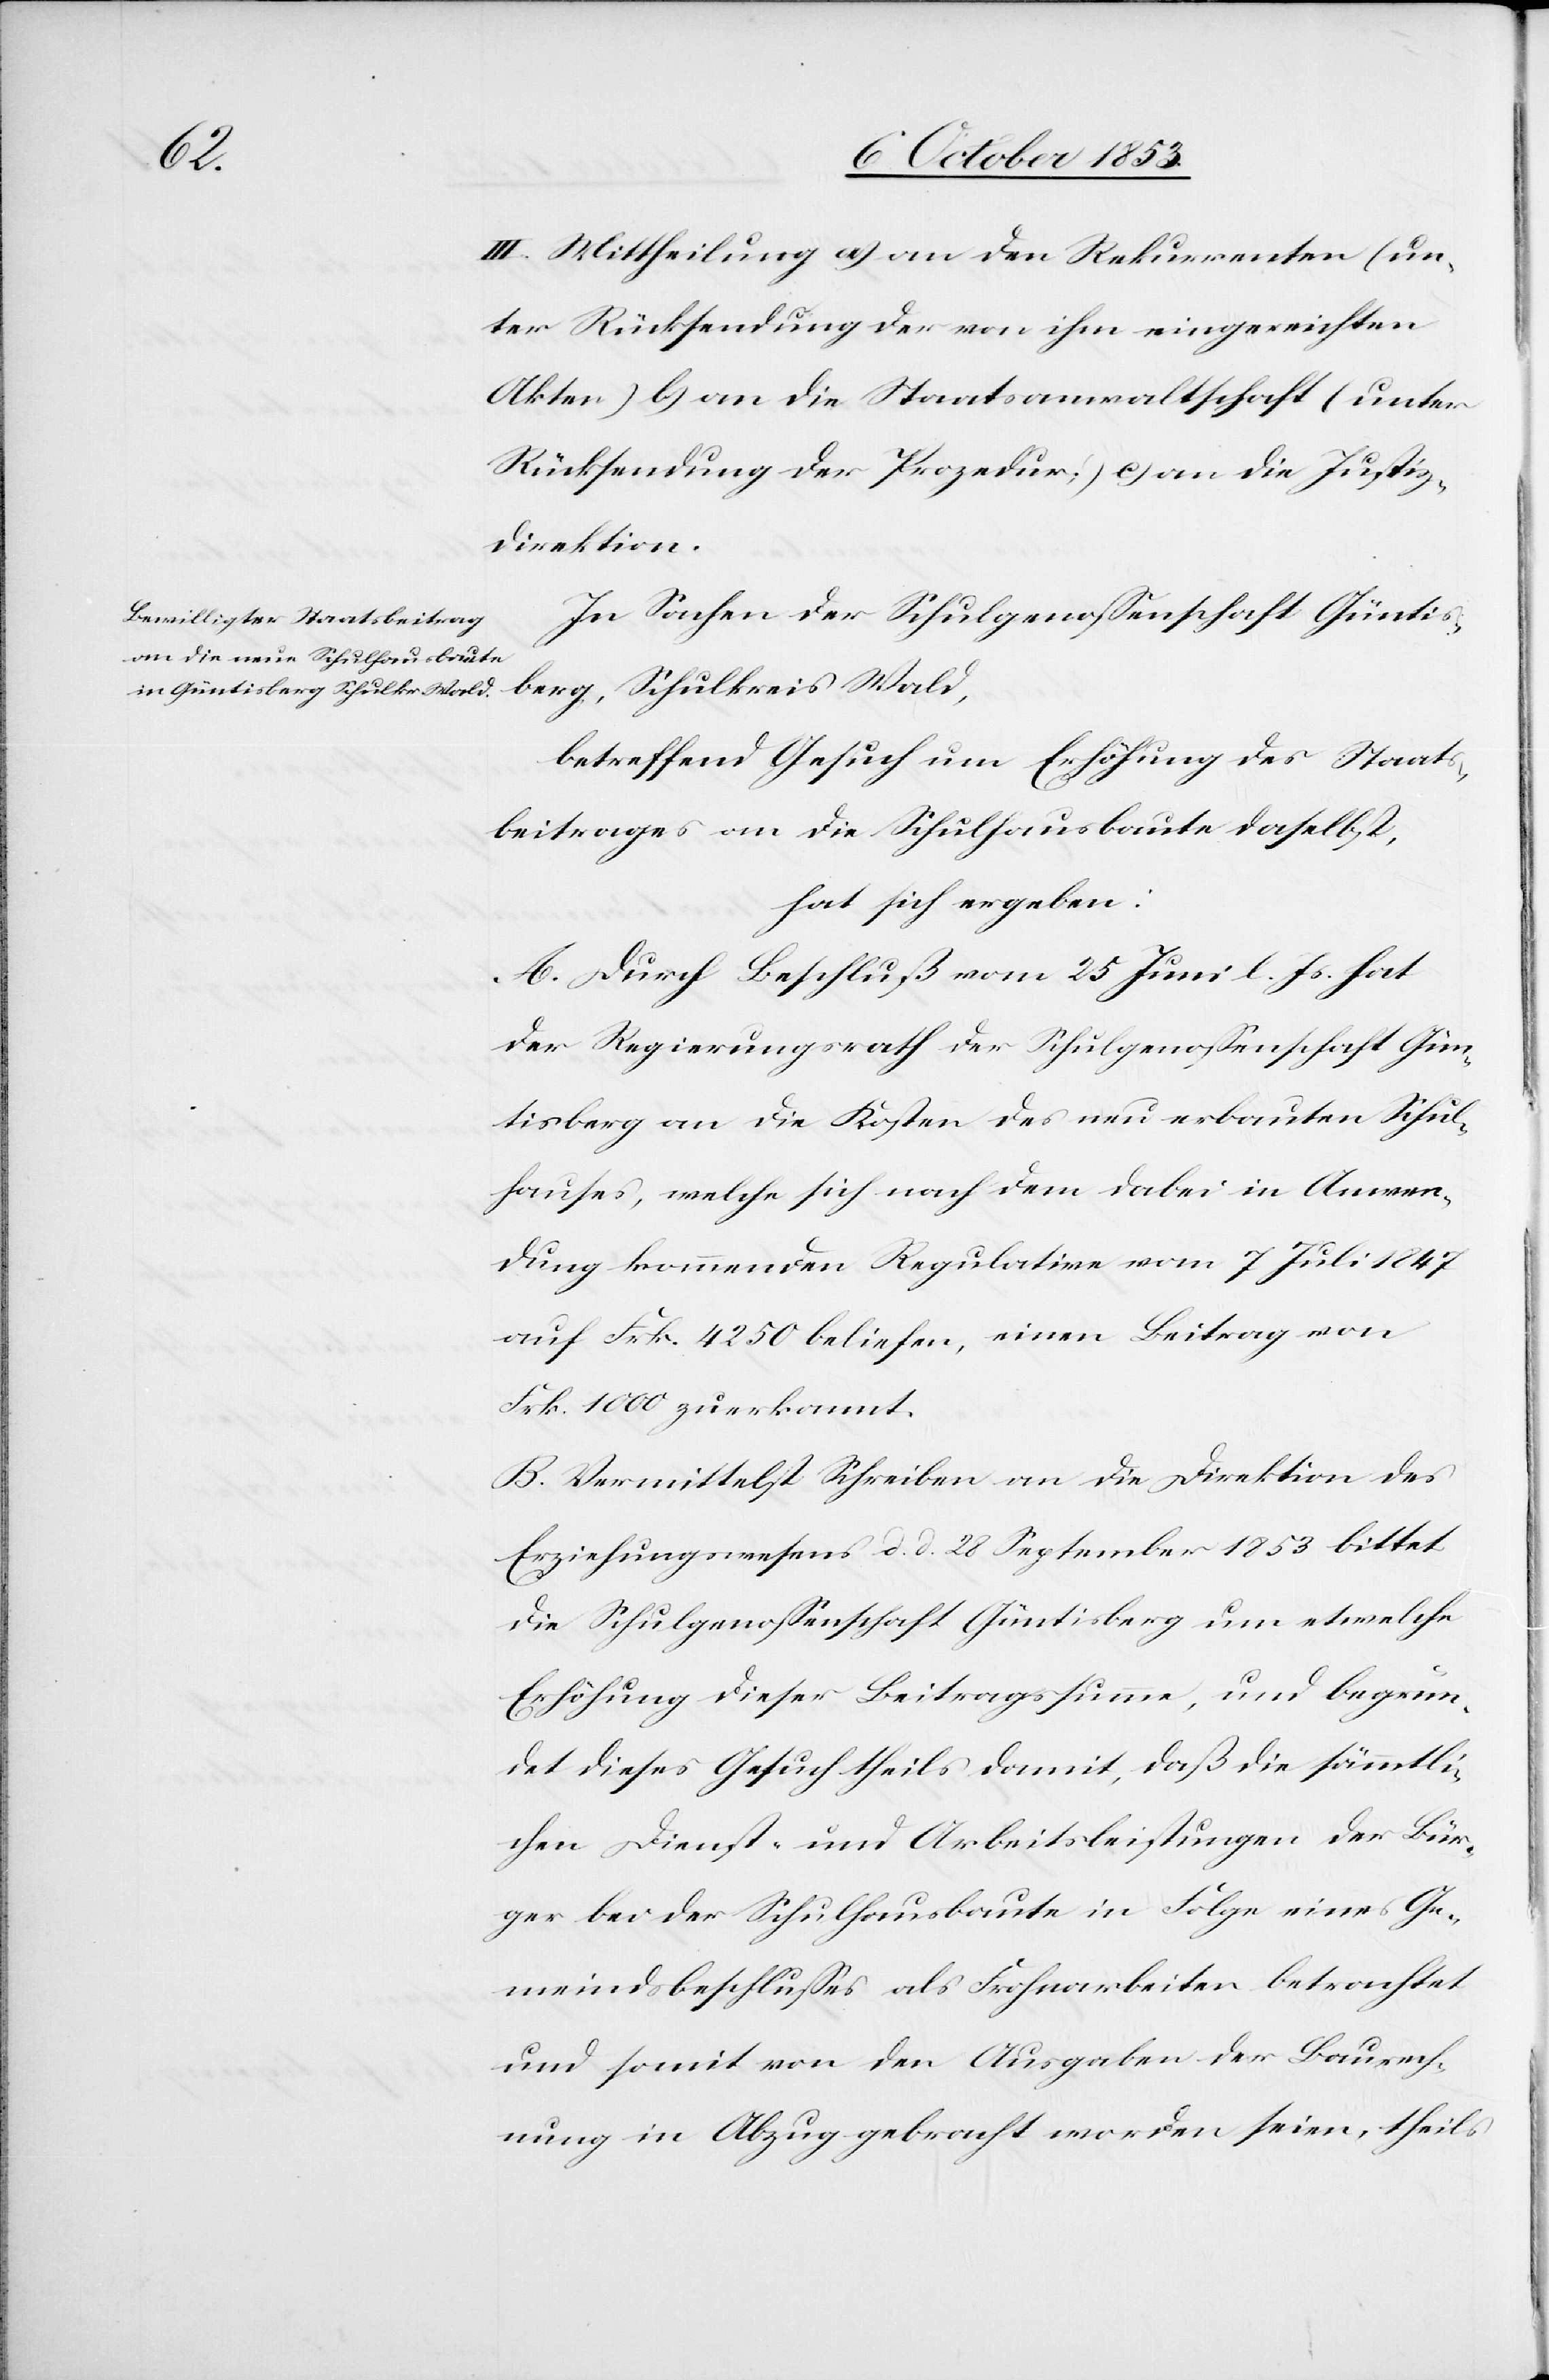
III. Mittheilung a) an den Rekurrenten (un¬
ter Rücksendung der von ihm eingereichten
Akten) b) an die Staatsanwaltschaft (unter
Rücksendung der Prozedur) c) an die Justiz¬
direktion.
In Sachen der Schulgenoßenschaft Güntis¬
berg, Schulkreis Wald,
betreffend Gesuch um Erhöhung des Staats¬
beitrages an die Schulhausbaute daselbst,
hat sich ergeben:
A. Durch Beschluß vom 25 Juni l. Js. hat
der Regierungsrath der Schulgenoßenschaft Gün¬
tisberg an die Kosten des neu erbauten Schul¬
hauses, welche sich nach dem dabei in Anwen¬
dung kommenden Regulative vom 7 Juli 1847
auf Frk. 4250 beliefen, einen Beitrag von
Frk. 1000 zuerkannt.
B. Vermittelst Schreiben an die Direktion des
Erziehungswesens d. d. 28 September 1853 bittet
die Schulgenoßenschaft Güntisberg um etwelche
Erhöhung dieser Beitragssumme, und begrün¬
det dieses Gesuch theils damit, daß die sämmtli¬
chen Dienst- und Arbeitsleistungen der Bür¬
ger bei der Schulhausbaute in Folge eines Ge¬
meindsbeschlußes als Frohnarbeiten betrachtet
und somit von den Ausgaben der Baurech¬
nung in Abzug gebracht worden seien, theils